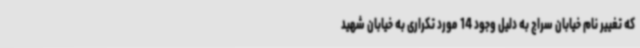
که تغییر نام خیابان سراج به دلیل وجود 14 مورد تکراری به خیابان شهید